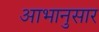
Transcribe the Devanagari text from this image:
आभानुसार